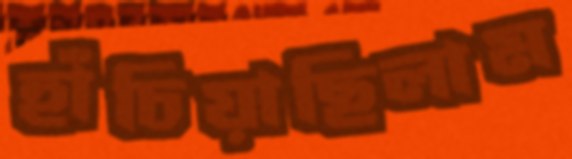
হাঁচিয়াছিলাম